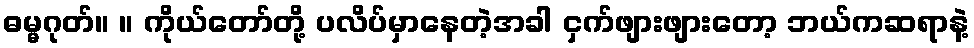
ဓမ္မဂုတ်။ ။ ကိုယ်တော်တို့ ပလိပ်မှာနေတဲ့အခါ ငှက်ဖျားဖျားတော့ ဘယ်ကဆရာနဲ့